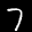
Label: 7